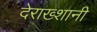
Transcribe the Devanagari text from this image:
देराख्शानी